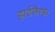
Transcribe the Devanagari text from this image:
हार्टलैण्ड।